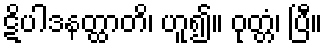
ဋိပါဒနတ္ထာတိ၊ ဟူ၍။ ဝုတ္တံ၊ ပြီ။